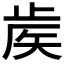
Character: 𥎼